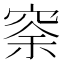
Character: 𥥸